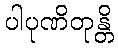
ပါပုဏိတုန္တိ